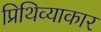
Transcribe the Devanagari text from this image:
प्रिथिव्याकार